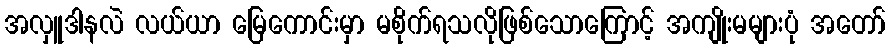
အလှူဒါနလဲ လယ်ယာ မြေကောင်းမှာ မစိုက်ရသလိုဖြစ်သောကြောင့် အကျိုးမများပုံ အတော်